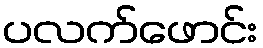
ပလက်ဖောင်း